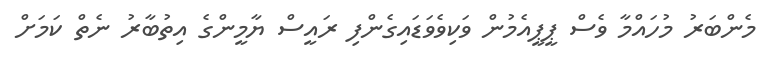
މެންބަރު މުހައްމާ ވެސް ޕީޕީއެމުން ވަކިވެވަޑައިގެންފި ރައީސް ޔާމީންގެ އިތުބާރު ނެތް ކަމަށް